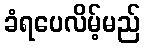
ခံရပေလိမ့်မည်